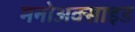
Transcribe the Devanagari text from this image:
मनोअक्‍साइड